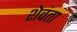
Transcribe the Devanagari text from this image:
शेवंता